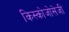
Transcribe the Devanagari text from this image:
किस्कोजोसेजी